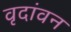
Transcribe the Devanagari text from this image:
वृदांवन